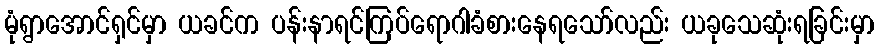
မုံရွာအောင်ရှင်မှာ ယခင်က ပန်းနာရင်ကြပ်ရောဂါခံစားနေရသော်လည်း ယခုသေဆုံးရခြင်းမှာ